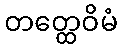
တတ္ထေဝိမံ